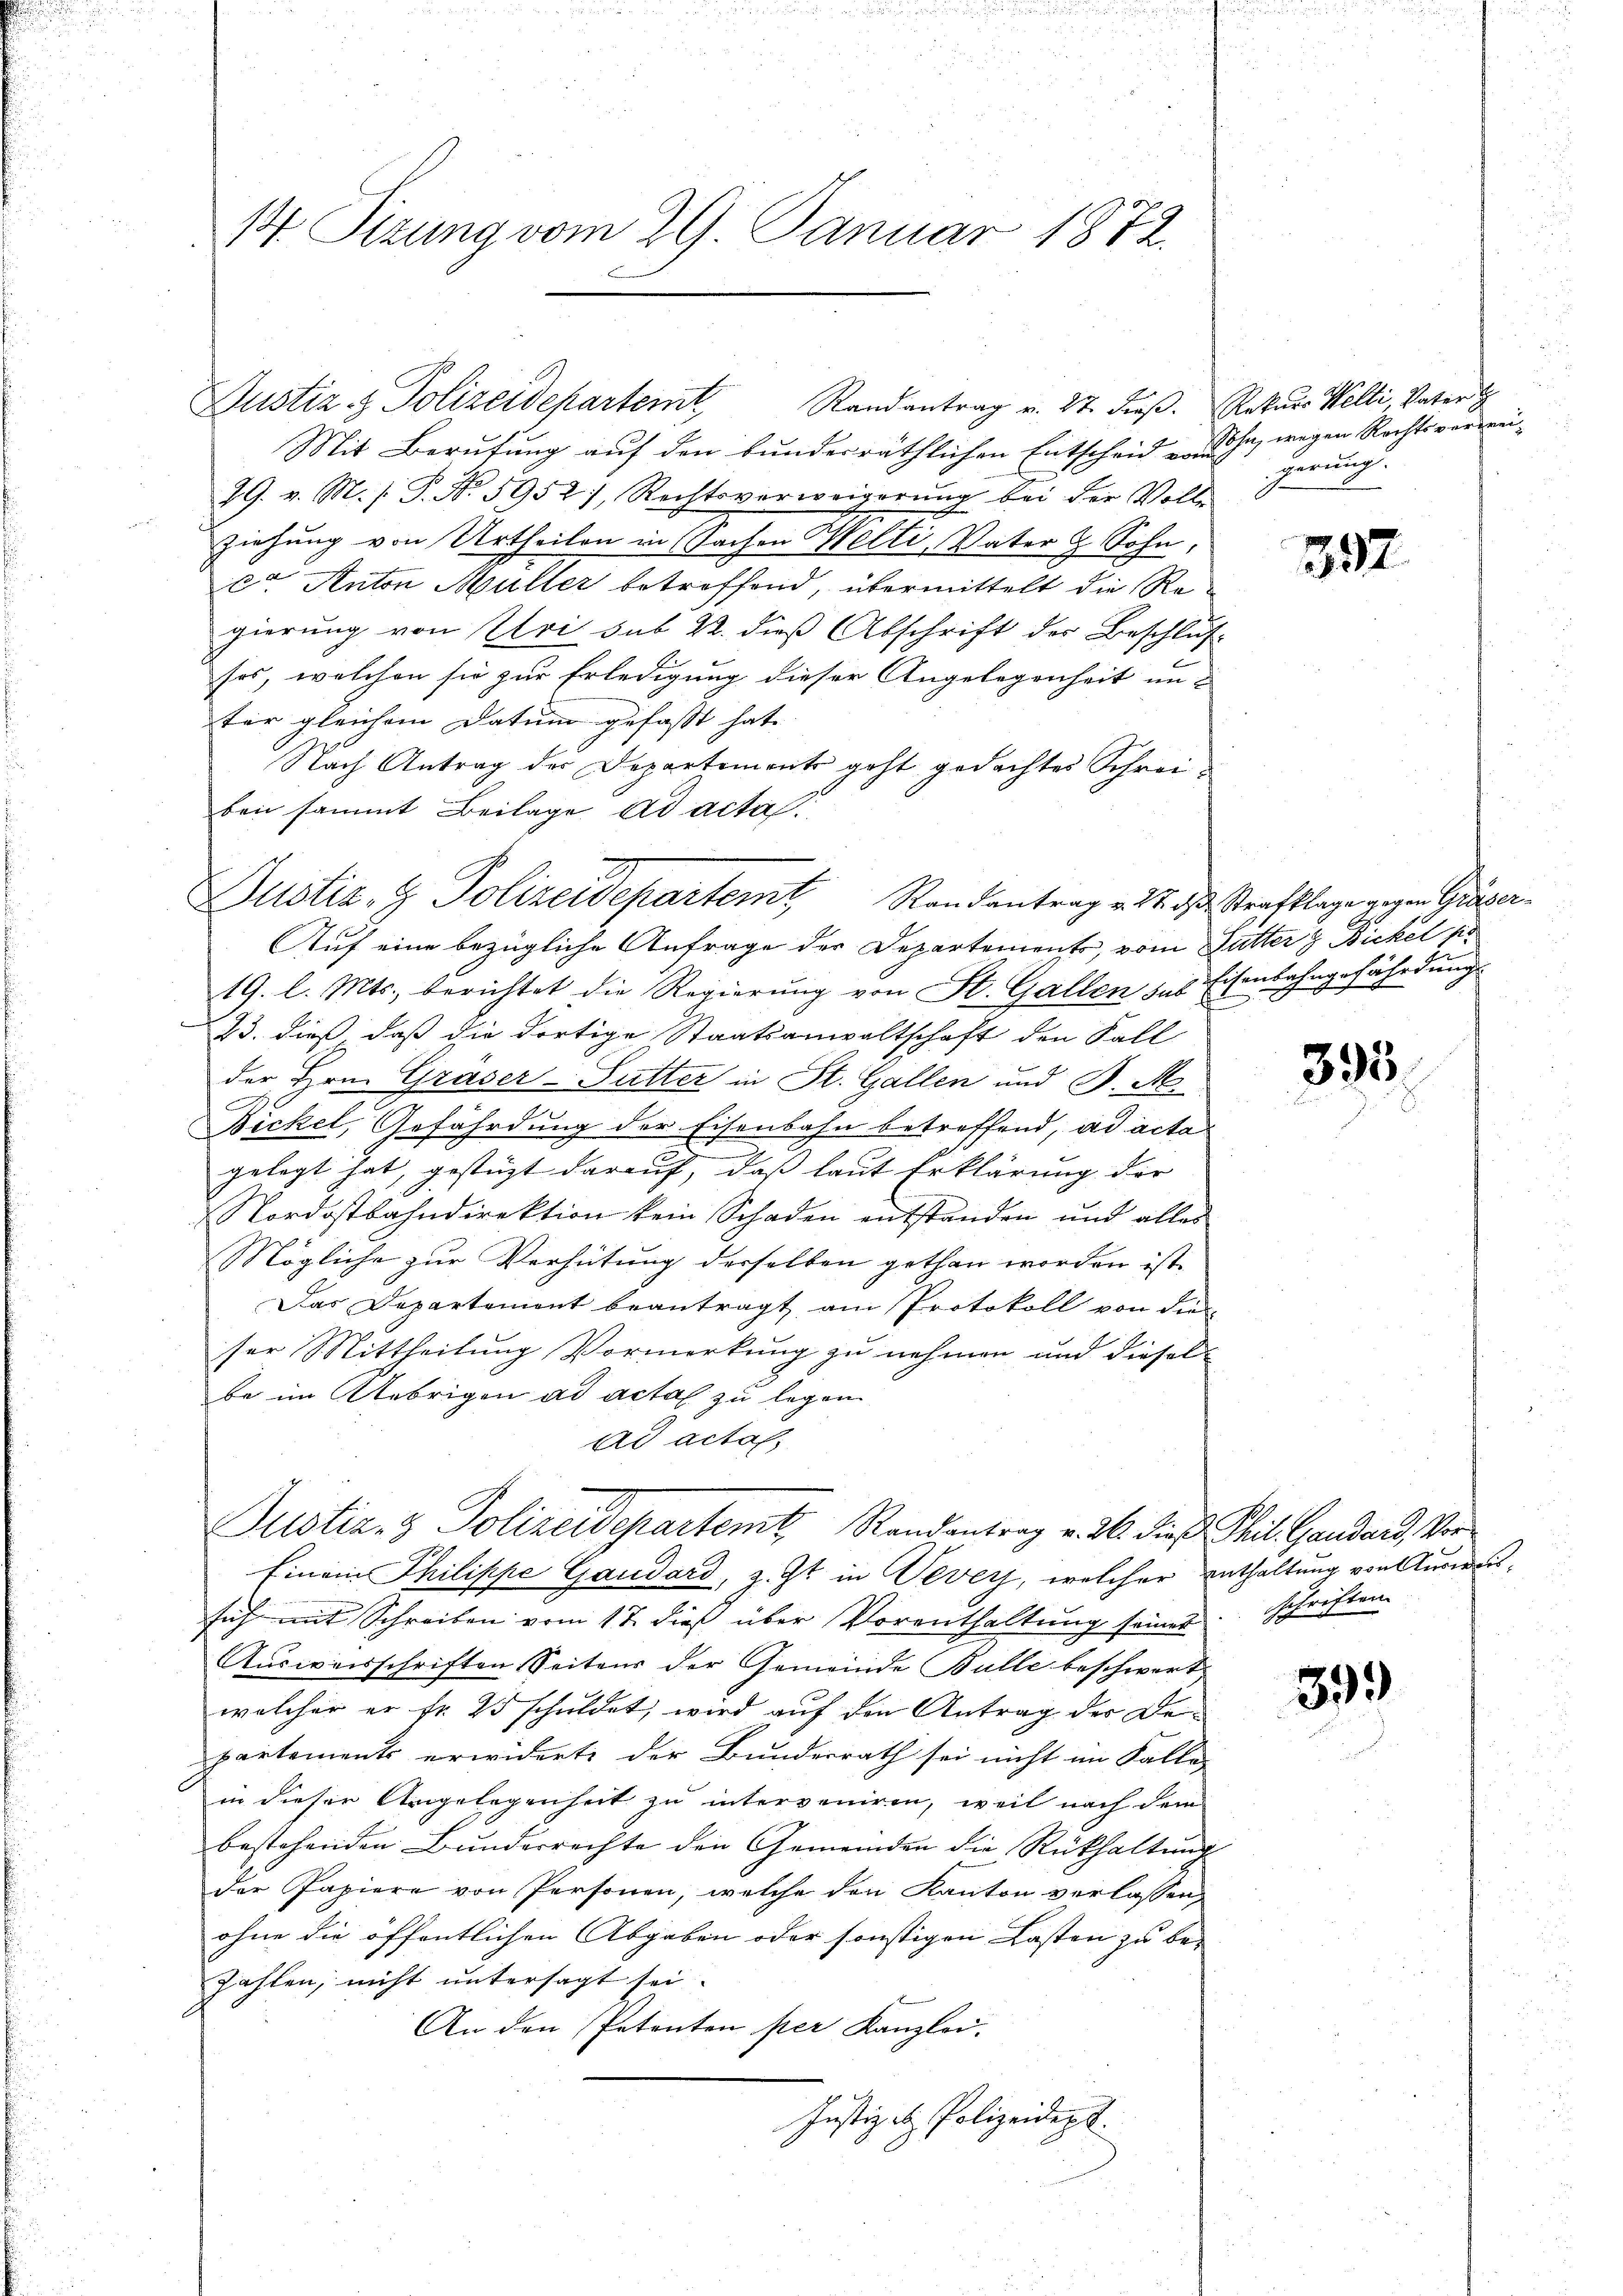
14. Situng vom 29. Januar 1872

Justiz- & Polizeidepartemt, Randantrag v. 17. d. Strafklage gegen Graser

Justiz & Polizeidepartemt

Mit Berufung auf den bundesräthlichen Entscheid ihn, wegen Rechtsverwei¬
99. v. M. s. S. No. 5952), Rechtsverweigerŭng bei der Volle
ziehung von Urtheilen in Sachen Welti, Vater & Sohn,
ce Anton Müller betreffend, übermittelt die Regierung von Uri sub 22. dieß Abschrift der Beschlussos, welchen sie zur Erledigung dieser Angelegenheit im-
ter gleichem Datum gefasst hat. |
Nach Antrag der Departemonts geht gedachten Schreibei sammt Beilage ad acta.
Auf eine bezügliche Anfrage der Departements, vom Lutter & Bickel se
19. l. Mts., berichtet die Regierung von St. Gallen das Eisenbahngefährdung
23. dieß daß die dortige Staatsanwaltschaft den Fall
der Hrn. Gräser-Futter in St. Gallen und B. A
Bickel, Gefährdung der Eisenbahn betreffend, ad acta
gelegt hat, gestüzt darauf, daß laut Erklärung der
Nordostbahndirektion kein Schaden entstanden und aller
Mögliche zur Verhütung derselben gethan worden ist,
Das Departement beantragt, am Protokoll von die
ser Mittheilung Vormerkung zu nehmen und diesel
be im Uebrigen ad acta zu legen
ad acta.
Justiz- & Polizeidepartemt, Randantrag v. 26. dieß Theil Gandard, Vor¬
Einem Philippe Gaudard, z. Zt. in Vevey, welcher enthaltung von Ausweissich mit Schreiben vom 17. dieß über Vorenthaltung seiner Schriften
Ausweisschriften Seitens der Gemeinde Bulle beschwert
welcher er fr. 25 schuldet, wird auf den Antrag der Departements erwiderte der Bundesrath sei nicht im Falle
in dieser Argelegenheit zu interveniren, weil nach dem
bestehenden Bunderrechte den Gemeinden die Rückhaltung
der Papiere von Personen, welche den Kanton verlassen,
ohne die öffentlichen Abgaben oder sonstigen Lasten zu be-
zahlen, nicht untersagt sei.
An den Petenten per Kanzlei.
Justiz et Polizeidept.

Randantrag v. 27. dieß. Rekurs Welti, Vater t

gerung.

392

395.

399